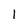
Character: 1